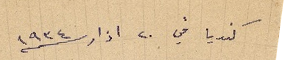
كنريا في ٢٠ اذار سنة ١٩٣٤